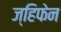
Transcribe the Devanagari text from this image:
ज्हिफेन